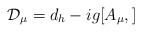
\begin{align*} {\cal{D}}_{\mu} = d_{h} -i g [A_{\mu}, ]\end{align*}